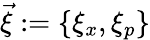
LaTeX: \vec{\xi}:=\{ \xi_{x},\xi_{p}\}